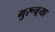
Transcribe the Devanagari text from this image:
गुरूच़्या